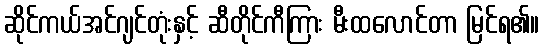
ဆိုင်ကယ်အင်ဂျင်တုံးနှင့် ဆီတိုင်ကီကြား မီးထလောင်တာ မြင်ရ၏။